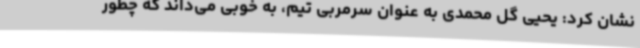
نشان کرد: یحیی گل محمدی به عنوان سرمربی تیم، به خوبی می‌داند که چطور